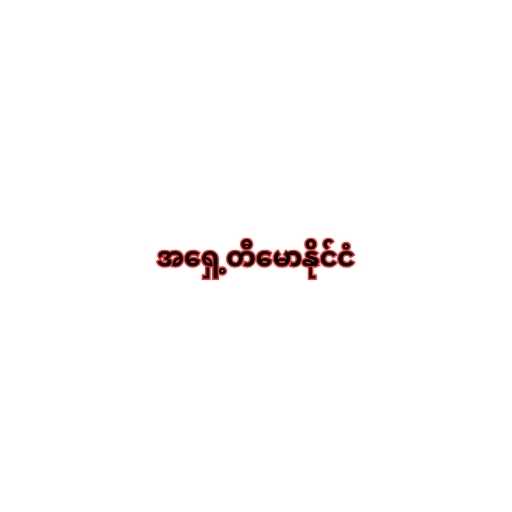
အရှေ့တီမောနိုင်ငံ